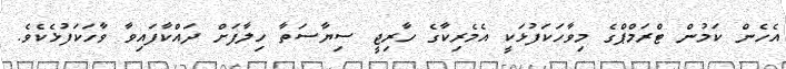
އެހެން ކަމުން ޓްރަމްޕްގެ މިވާހަކަފުޅަކީ އެމެރިކާގެ ހާރިޖީ ސިޔާސަތާ ހިލާފަށް ދައްކާފައިވާ ވާހަކަފުޅެކެވެ.